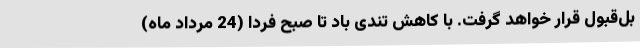
بل‌قبول قرار خواهد گرفت. با کاهش تندی باد تا صبح فردا (24 مرداد ماه)